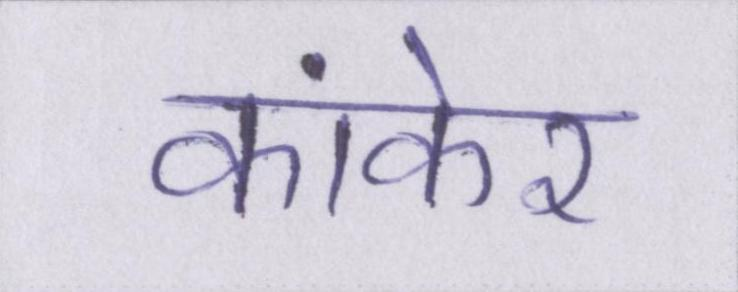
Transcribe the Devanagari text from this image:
कांकेर